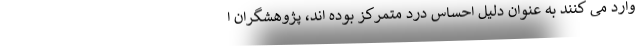
وارد می کنند به عنوان دلیل احساس درد متمرکز بوده اند، پژوهشگران ا